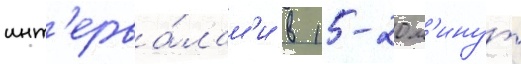
инт'ерва́лам'и в 15-20 м'инут